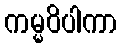
ကမ္မဝိပါကာ